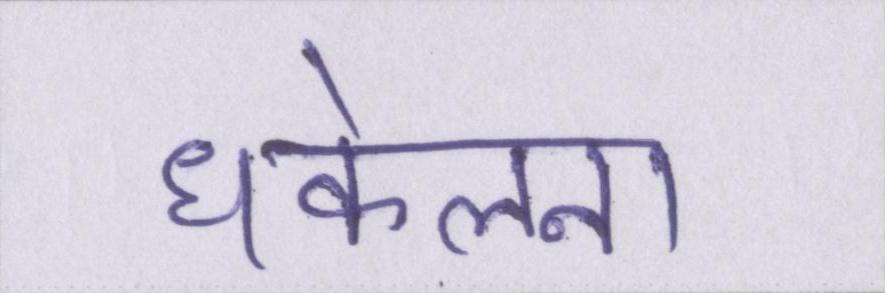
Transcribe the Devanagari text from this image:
धकेलना